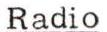
Radio